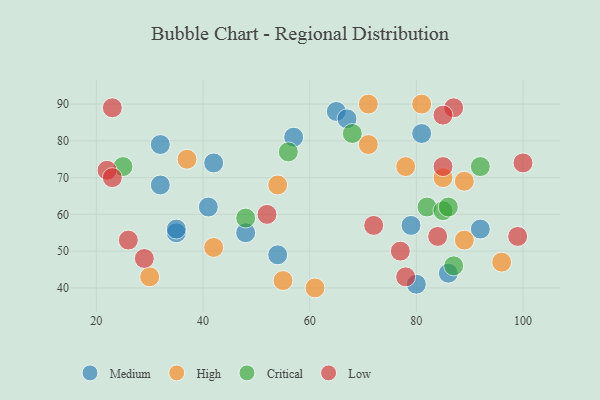
{"axis": {"x": "GDP", "y": "Life Expectancy"}, "legend": ["Critical", "High", "Low", "Medium"], "data": [{"x": "48", "y": 55, "type": "Medium"}, {"x": "80", "y": 41, "type": "Medium"}, {"x": "32", "y": 79, "type": "Medium"}, {"x": "42", "y": 74, "type": "Medium"}, {"x": "54", "y": 49, "type": "Medium"}, {"x": "86", "y": 44, "type": "Medium"}, {"x": "92", "y": 56, "type": "Medium"}, {"x": "57", "y": 81, "type": "Medium"}, {"x": "32", "y": 68, "type": "Medium"}, {"x": "35", "y": 55, "type": "Medium"}, {"x": "35", "y": 56, "type": "Medium"}, {"x": "65", "y": 88, "type": "Medium"}, {"x": "79", "y": 57, "type": "Medium"}, {"x": "41", "y": 62, "type": "Medium"}, {"x": "81", "y": 82, "type": "Medium"}, {"x": "67", "y": 86, "type": "Medium"}, {"x": "42", "y": 51, "type": "High"}, {"x": "89", "y": 53, "type": "High"}, {"x": "71", "y": 79, "type": "High"}, {"x": "54", "y": 68, "type": "High"}, {"x": "37", "y": 75, "type": "High"}, {"x": "81", "y": 90, "type": "High"}, {"x": "85", "y": 70, "type": "High"}, {"x": "78", "y": 73, "type": "High"}, {"x": "71", "y": 90, "type": "High"}, {"x": "30", "y": 43, "type": "High"}, {"x": "96", "y": 47, "type": "High"}, {"x": "61", "y": 40, "type": "High"}, {"x": "55", "y": 42, "type": "High"}, {"x": "89", "y": 69, "type": "High"}, {"x": "92", "y": 73, "type": "Critical"}, {"x": "48", "y": 59, "type": "Critical"}, {"x": "56", "y": 77, "type": "Critical"}, {"x": "68", "y": 82, "type": "Critical"}, {"x": "82", "y": 62, "type": "Critical"}, {"x": "85", "y": 61, "type": "Critical"}, {"x": "86", "y": 62, "type": "Critical"}, {"x": "25", "y": 73, "type": "Critical"}, {"x": "87", "y": 46, "type": "Critical"}, {"x": "87", "y": 89, "type": "Low"}, {"x": "22", "y": 72, "type": "Low"}, {"x": "84", "y": 54, "type": "Low"}, {"x": "100", "y": 74, "type": "Low"}, {"x": "72", "y": 57, "type": "Low"}, {"x": "29", "y": 48, "type": "Low"}, {"x": "52", "y": 60, "type": "Low"}, {"x": "26", "y": 53, "type": "Low"}, {"x": "23", "y": 89, "type": "Low"}, {"x": "78", "y": 43, "type": "Low"}, {"x": "99", "y": 54, "type": "Low"}, {"x": "77", "y": 50, "type": "Low"}, {"x": "23", "y": 70, "type": "Low"}, {"x": "85", "y": 73, "type": "Low"}, {"x": "85", "y": 87, "type": "Low"}]}